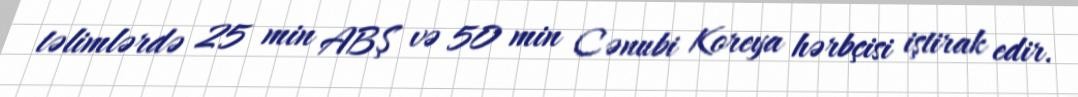
təlimlərdə 25 min ABŞ və 50 min Cənubi Koreya hərbçisi iştirak edir.